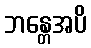
ဘန္တေအပိ